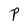
Character: P